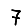
Digit: 7